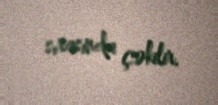
sırasında çəkilir.